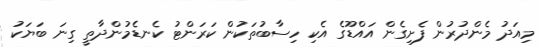
މިއަދު މެންދުރުން ފެށިގެން އައްޑޫގެ އެކި ހިސާބުތަކުން ކަރަންޓު ކެނޑެމުންދާތީ ގިނަ ބަޔަކު